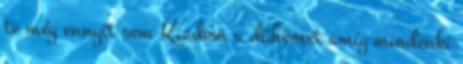
te még ennyit sem Kiadom a dühömet amíg mindenki